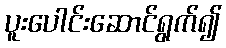
ပူးပေါင်းဆောင်ရွက်၍